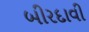
બીરદાવી